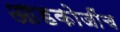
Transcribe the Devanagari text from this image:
आडकोजींच